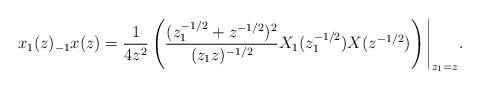
LaTeX: \begin{align*}x_{1}(z)_{-1}x(z)=\frac{1}{4z^{2}}\left(\frac{(z_1^{-1/2} +z^{-1/2})^{2}}{(z_{1}z)^{-1/2}}X_{1}(z_1^{-1/2})X(z^{-1/2})\right)\Bigg|_{z_1=z}.\end{align*}